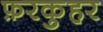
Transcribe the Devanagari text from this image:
फ़रकुहर